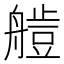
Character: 𦪍